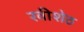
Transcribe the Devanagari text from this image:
रवीशेठ